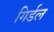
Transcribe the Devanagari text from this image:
गिर्डल